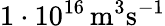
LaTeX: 1\cdot 10^{16}\, \mathrm{m}^{3}\mathrm{s}^{-1}